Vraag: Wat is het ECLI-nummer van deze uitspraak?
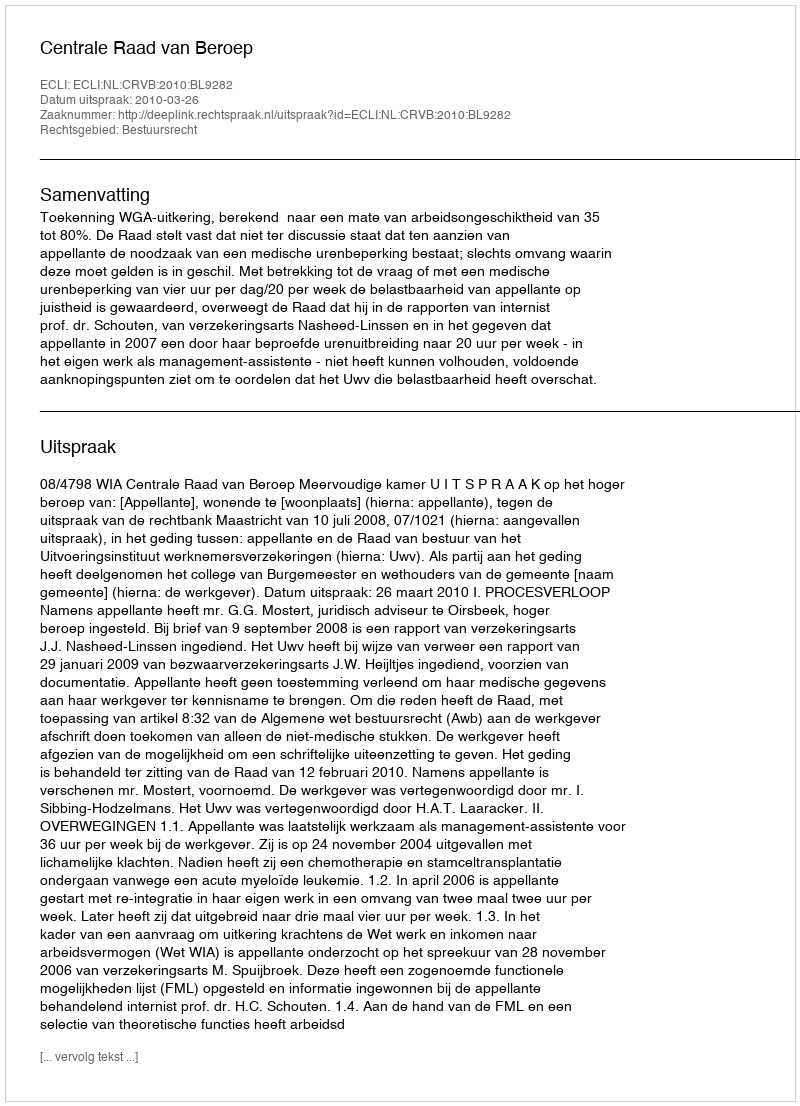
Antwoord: ECLI:NL:CRVB:2010:BL9282